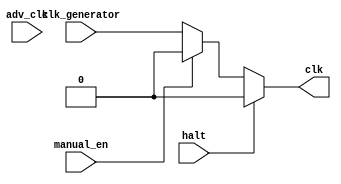
module clock_module (
    input clk_generator, manual_en, adv_clk, halt,
    output reg clk);

    initial
        clk = 0;

    always @(*) begin
        if (halt)
            clk = 1'b0;
        else if (manual_en) begin
            if (adv_clk) begin
                clk = 1'b1;
                #5 clk = 1'b0;
            end
            else
                clk = 1'b0;
        end
        else
            clk = clk_generator;
    end


endmodule